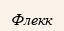
Флекк